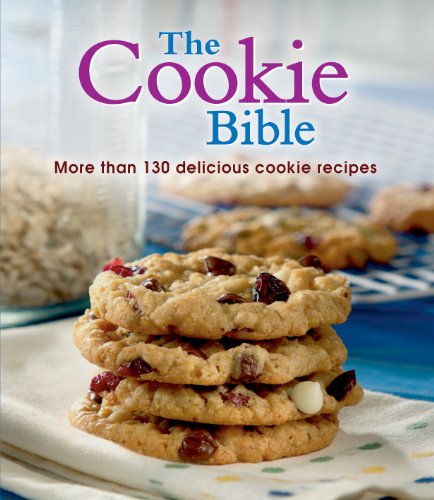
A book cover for The Cookie Bible; Cookbooks, Food & Wine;